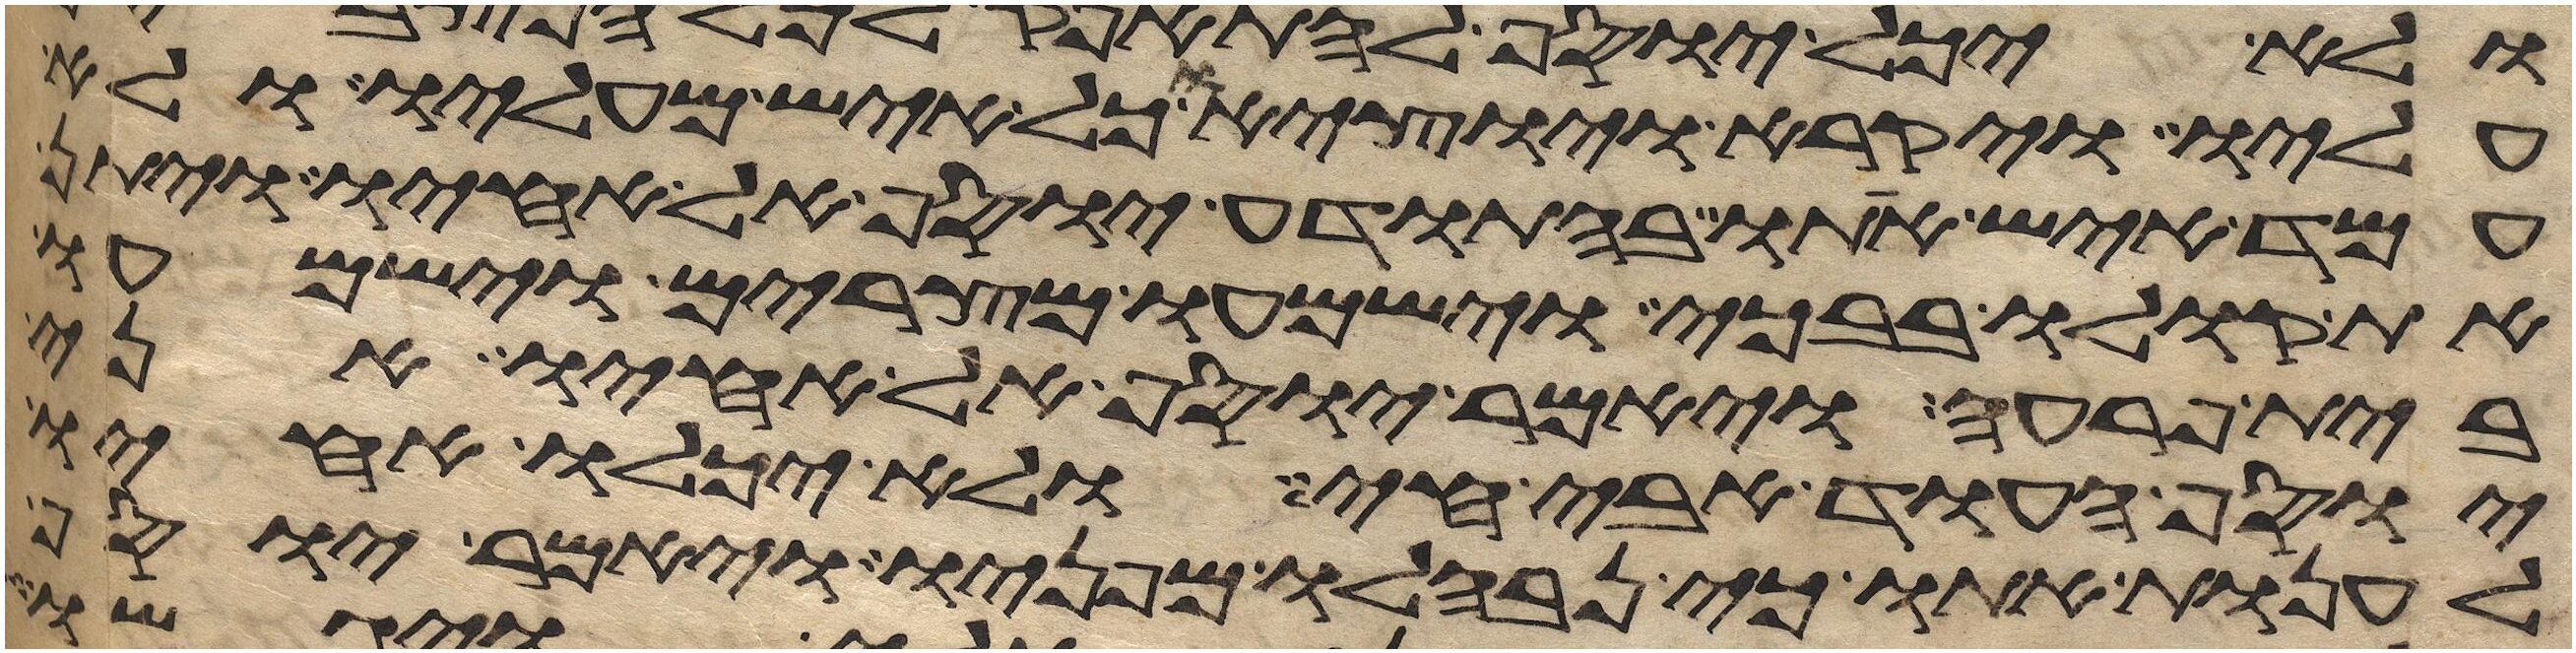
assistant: עליו ויקרא והוציאו כל איש מעליו ולא
עמד איש אתו בהתודע יוסף אל אחיו ויתן
את קולו בבכי וישמעו מצרים וישמעו
בית פרעה ויאמר יוסף אל אחיו אני
יוסף העוד אבי חי ולא יכלו אחיו
לענות אתו כי נבהלו מפניו ויאמר יוסף